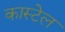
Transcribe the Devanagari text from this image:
कास्टेल